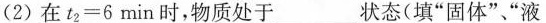
(2)在$$t _ { 2 } = 6 m i n$$时，物质处于___状态(填”固体””液